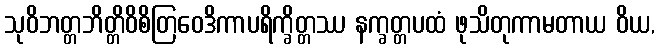
သုဝိဘတ္တဘိတ္တိဝိစိတြဝေဒိကာပရိက္ခိတ္တဿ နက္ခတ္တပထံ ဖုသိတုကာမတာယ ဝိယ,